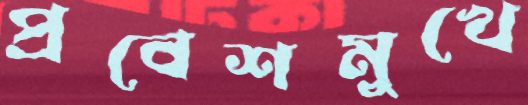
প্রবেশমুখে